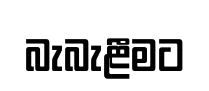
බැබැළීමට